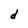
Character: d